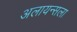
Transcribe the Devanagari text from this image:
अलायन्सला